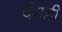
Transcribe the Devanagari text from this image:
दंशही